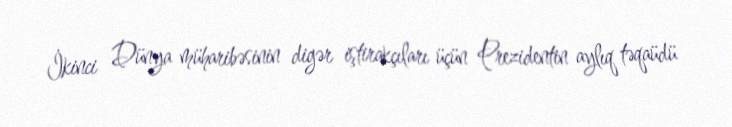
İkinci Dünya müharibəsinin digər iştirakçıları üçün Prezidentin aylıq təqaüdü